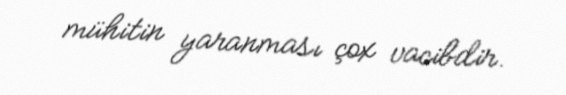
mühitin yaranması çox vacibdir.